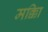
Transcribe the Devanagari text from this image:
मक्काि